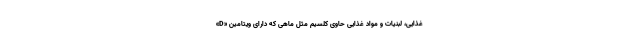
غذایی، لبنیات و مواد غذایی حاوی کلسیم مثل ماهی که دارای ویتامین «D»